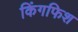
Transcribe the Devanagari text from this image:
किंगफिश